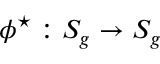
{ \phi ^ { \star } : S _ { g } \rightarrow S _ { g } }